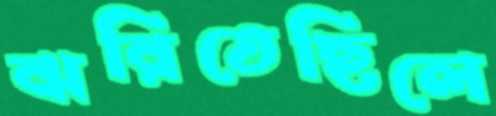
ঝরিতেছিলে